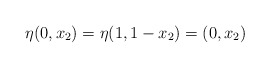
\begin{align*}\eta(0,x_2) = \eta(1,1-x_2) = (0,x_2)\end{align*}